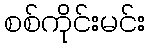
စစ်ကိုင်းမင်း